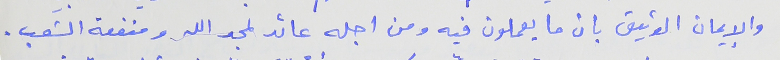
والإيمان الوثيق بان ما يعملون فيه ومن اجله عائد لمجد الله ومنفعة الشعب .